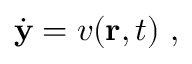
\begin{array} { r } { \dot { \mathbf { y } } = v ( \mathbf { r } , t ) ~ , } \end{array}